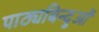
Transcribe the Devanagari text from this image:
पाठ्यबिन्दुओं